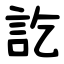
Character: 訖